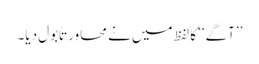
’’آگے‘‘ کا لفظ میں نے محاورتاً بول دیا۔